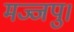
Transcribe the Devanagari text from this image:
मज्जपु।